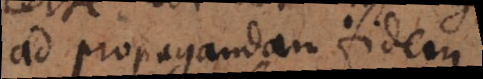
ad propagandam fidem